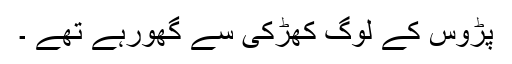
پڑوس کے لوگ کھڑکی سے گھورہے تھے ۔